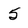
Character: 5